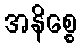
အနိစ္စေ